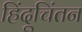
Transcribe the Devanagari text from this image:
हिंदूचिंतन